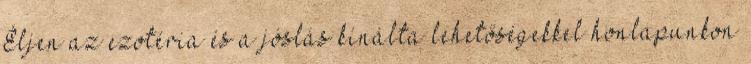
Éljen az ezotéria és a jóslás kínálta lehetőségekkel honlapunkon